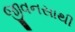
જીવનસાથી